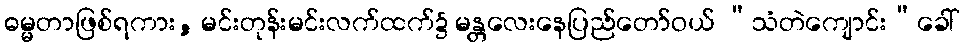
ဓမ္မတာဖြစ်ရကား, မင်းတုန်းမင်းလက်ထက်၌ မန္တလေးနေပြည်တော်ဝယ် “သံတဲကျောင်း”ခေါ်